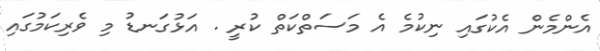
އެންމެން އެކުގައި ނިކުމެ އެ މަސަތްކަތް ކުރީ . އަޅުގަނޑު މި ވެރިކަމުގައި